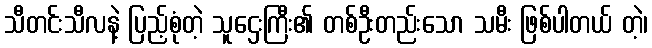
သီတင်းသီလနဲ့ ပြည့်စုံတဲ့ သူဌေးကြီး၏ တစ်ဦးတည်းသော သမီး ဖြစ်ပါတယ် တဲ့၊